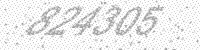
Solution: 824305